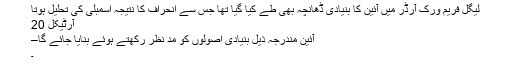
لیگل فریم ورک آرڈر میں آئین کا بنیادی ڈھانچہ بھی طے کیا گیا تھا جس سے انحراف کا نتیجہ اسمبلی کی تحلیل ہوتا
آرٹیکل 20
آئین مندرجہ ذیل بنیادی اصولوں کو مد نظر رکھتے ہوئے بنایا جائے گا–
۔